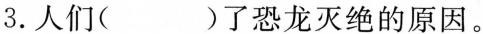
3.人们( )了恐龙灭绝的原因。